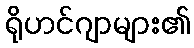
ရိုဟင်ဂျာများ၏